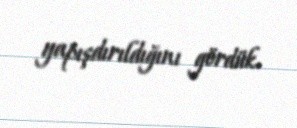
yapışdırıldığını gördük.